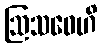
ဩသဓေဟိ